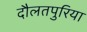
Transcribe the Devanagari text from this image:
दौलतपुरिया